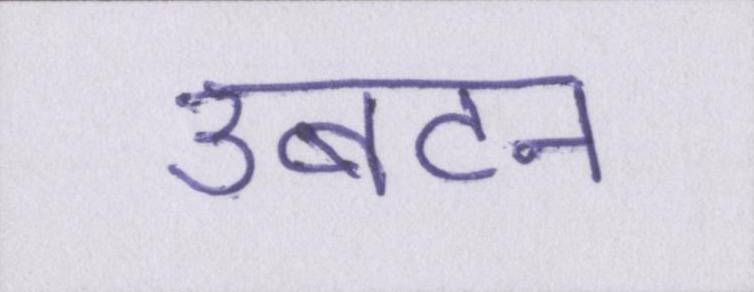
उबटन